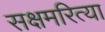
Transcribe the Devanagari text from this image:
सक्षमरित्या